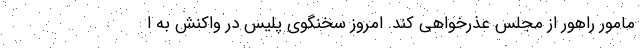
مامور راهور از مجلس عذرخواهی کند. امروز سخنگوی پلیس در واکنش به ا